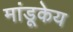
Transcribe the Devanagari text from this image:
मांडूकेय